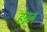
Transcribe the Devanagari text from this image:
हेन्नन